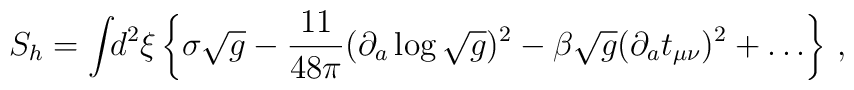
S_h = \int\!\!d^2 \xi \left\{ \sigma \sqrt{g}- \frac{11}{48 \pi} (\partial_a \log \sqrt{g} )^2- \beta \sqrt{g} (\partial_a t_{\mu \nu})^2 + \ldots \right\}\,,